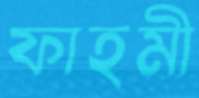
ফাহমী